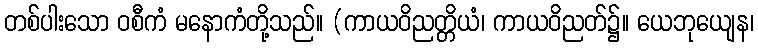
တစ်ပါးသော ဝစီကံ မနောကံတို့သည်။ (ကာယဝိညတ္တိယံ၊ ကာယဝိညတ်၌။ ယေဘုယျေန၊